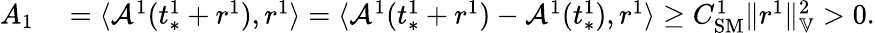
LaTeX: \begin{array}{rl}{A_{1}}&{{}=\langle\mathcal{A}^{1}(t_{*}^{1}+r^{1}),r^{1}\rangle=\langle\mathcal{A}^{1}(t_{*}^{1}+r^{1})-\mathcal{A}^{1}(t_{*}^{1}),r^{1}\rangle\ge C_{\mathrm{SM}}^{1}\| r^{1}\| _{\mathbb{V}}^{2}>0.}\end{array}